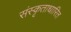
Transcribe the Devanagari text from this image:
संस्कृताधारित